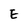
Character: E